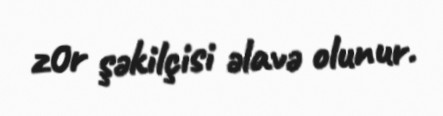
z0r şəkilçisi əlavə olunur.